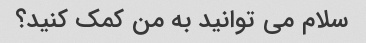
سلام می توانید به من کمک کنید؟